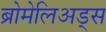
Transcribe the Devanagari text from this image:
ब्रोमेलिअड्स